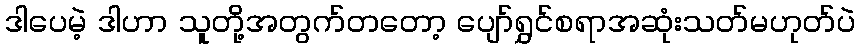
ဒါပေမဲ့ ဒါဟာ သူတို့အတွက်တတော့ ပျော်ရွှင်စရာအဆုံးသတ်မဟုတ်ပဲ